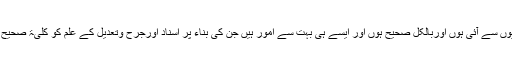
ان میں بعض ثقہ راویوں سے آئی ہوں اوربالکل صحیح ہوں اور ایسے ہی بہت سے امور ہیں جن کی بناء پر اسناد اورجرح وتعدیل کے علم کو کلیۃً صحیح نہیں سمجھا جا سکتا۔